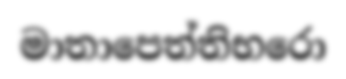
මාතාපෙත්තිභරො